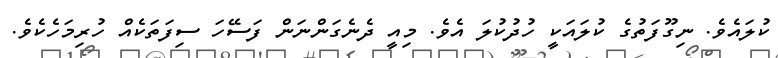
ކުލައެވެ. ނިގޫފަތުގެ ކުލައަކީ ހުދުކުލަ އެވެ. މިއީ ދެނެގަންނަން ފަސޭހަ ސިފަތަކެއް ހުރިމަހެކެވެ.